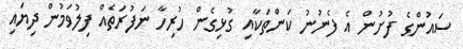
ސައުންގެ ފުށުން އެ ފެނުނު ކަންތަކާއި ގުޅިގެން ހުރިހާ ނަފުރަތެއް ފިލުވަމުން ދިޔައި